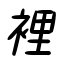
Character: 裡